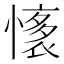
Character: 𢡏